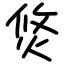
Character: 焂